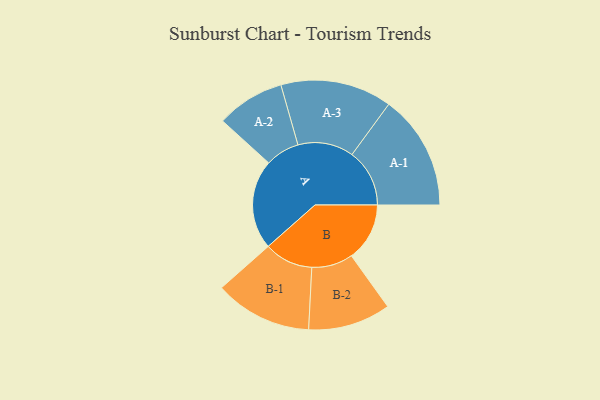
{"axis": {"x": "Segment", "y": "Value"}, "legend": ["", "A", "B"], "data": [{"x": "A", "y": 439, "type": ""}, {"x": "B", "y": 285, "type": ""}, {"x": "A-1", "y": 282, "type": "A"}, {"x": "A-2", "y": 167, "type": "A"}, {"x": "A-3", "y": 273, "type": "A"}, {"x": "B-1", "y": 239, "type": "B"}, {"x": "B-2", "y": 202, "type": "B"}]}